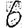
Digit: 6